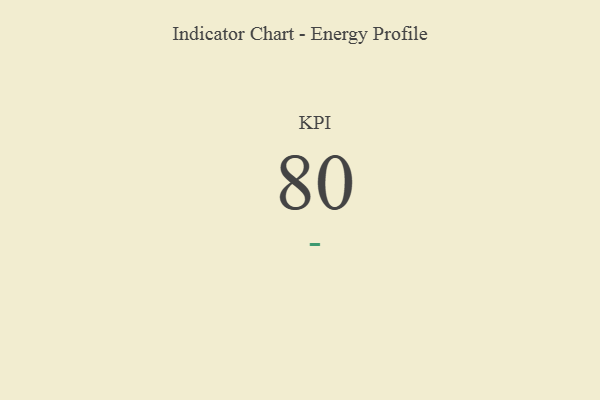
{"axis": {"x": "KPI", "y": "Value"}, "legend": [""], "data": [{"x": "KPI", "y": 80, "type": ""}]}